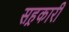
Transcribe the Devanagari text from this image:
सह़कारी